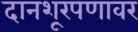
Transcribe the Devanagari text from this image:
दानशूरपणावर